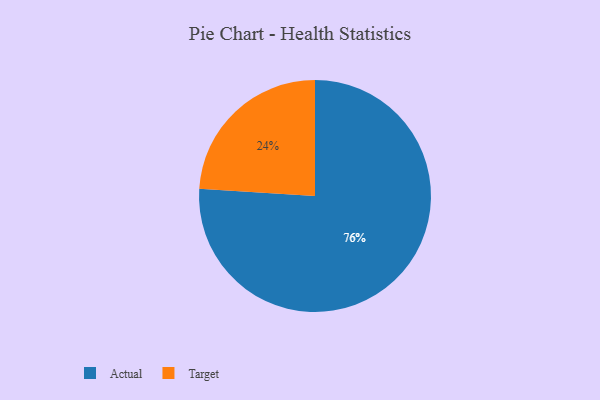
{"axis": {"x": "Category", "y": "Percentage"}, "legend": ["Actual", "Target"], "data": [{"x": "Actual", "y": 76, "type": "Actual"}, {"x": "Target", "y": 24, "type": "Target"}]}